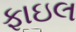
ફાઇલ